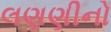
લણણીનો